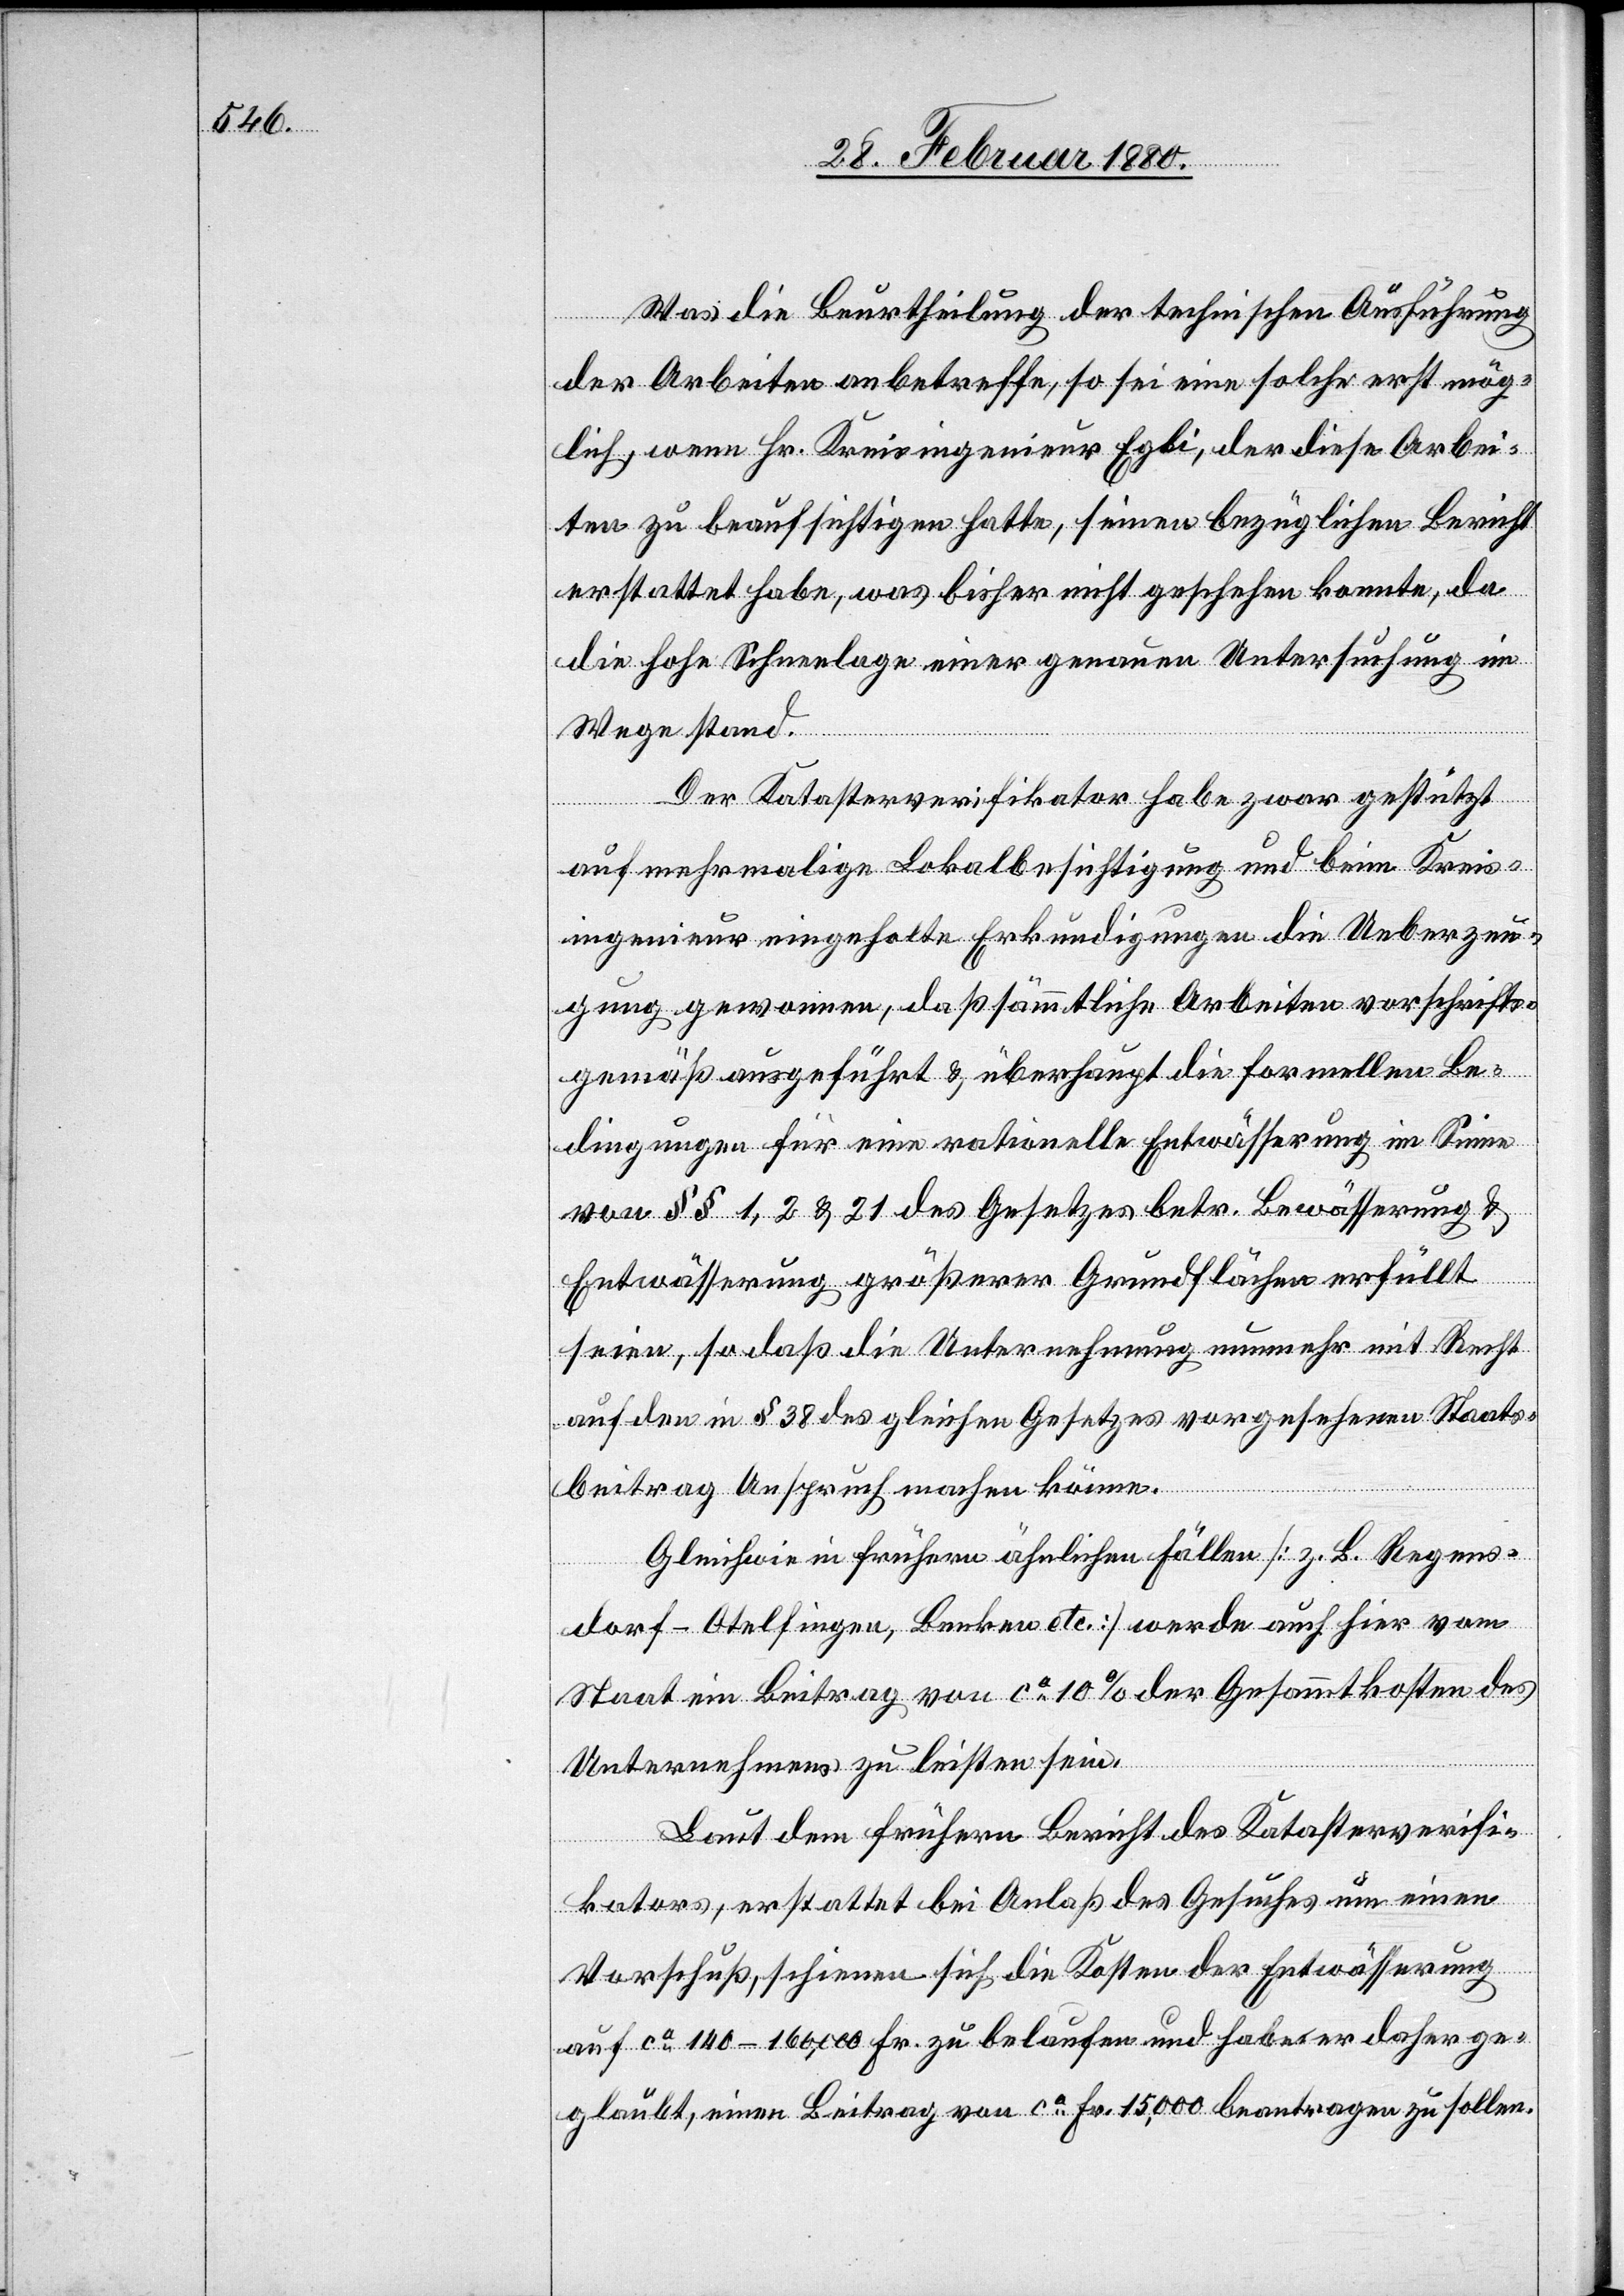
Was die Beurtheilung der technischen Ausführung
der Arbeiten anbetreffe, so sei eine solche erst mög¬
lich, wenn Hr. Kreisingenieur Egli, der diese Arbei¬
ten zu beaufsichtigen hatte, seinen bezüglichen Bericht
erstattet habe, was bisher nicht geschehen konnte, da
die hohe Schneelage einer genauen Untersuchung im
Wege stand.
Der Katasterverifikator habe zwar gestützt
auf mehrmalige Lokalbesichtigung und beim Kreis¬
ingenieur eingeholte Erkundigungen die Ueberzeu¬
gung gewonnen, daß sämmtliche Arbeiten vorschrifts¬
gemäß ausgeführt & überhaupt die formellen Be¬
dingungen für eine rationelle Entwässerung im Sinne
von §§ 1, 2 & 21 des Gesetzes betr. Bewässerung &
Entwässerung größerer Grundflächen erfüllt
seien, so daß die Unternehmung nunmehr mit Recht
auf den in § 38 des gleichen Gesetzes vorgesehenen Staats¬
beitrag Anspruch machen könne.
Gleichwie in frühern ähnlichen Fällen [z. B. Regens¬
dorf-Otelfingen, Benken etc.] werde auch hier vom
Staat ein Beitrag von ca 10 % der Gesammtkosten des
Unternehmens zu leisten sein.
Laut dem frühern Bericht des Katasterverifi¬
kators, erstattet bei Anlaß des Gesuches um einen
Vorschuß, schienen sich die Kosten der Entwässerung
auf ca 140–160, 000 Fr. zu belaufen und habe er daher ge¬
glaubt, einen Beitrag von ca Fr. 15, 000 beantragen zu sollen.